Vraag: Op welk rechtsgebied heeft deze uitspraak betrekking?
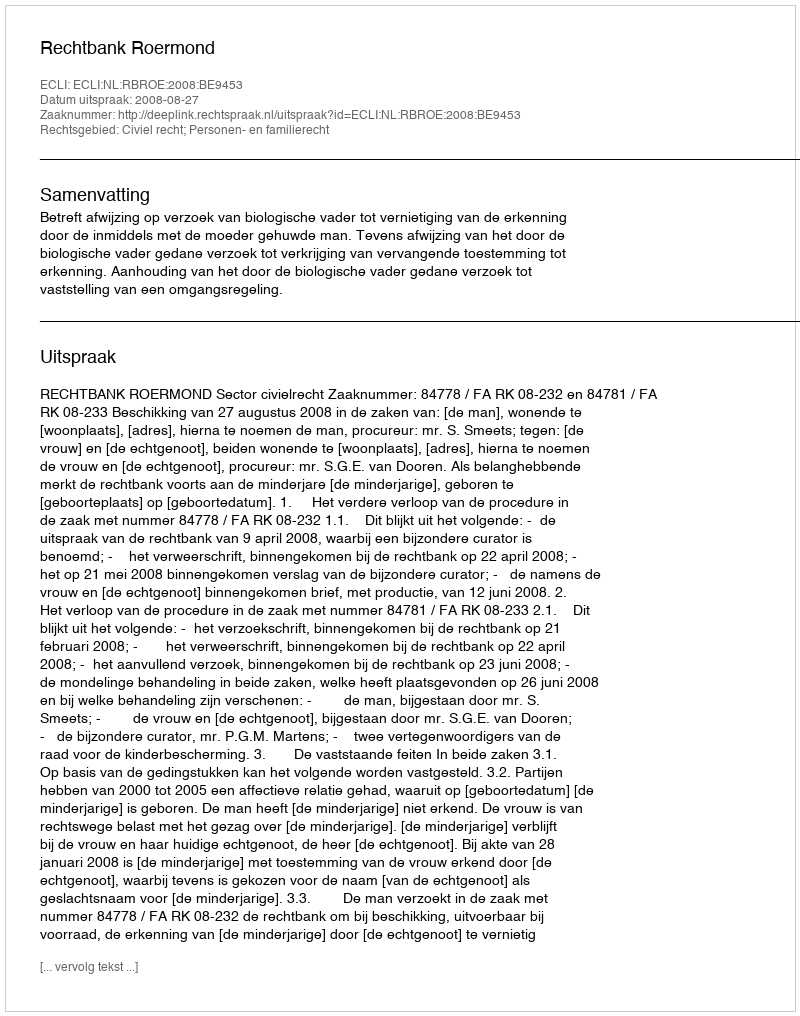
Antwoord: Civiel recht; Personen- en familierecht